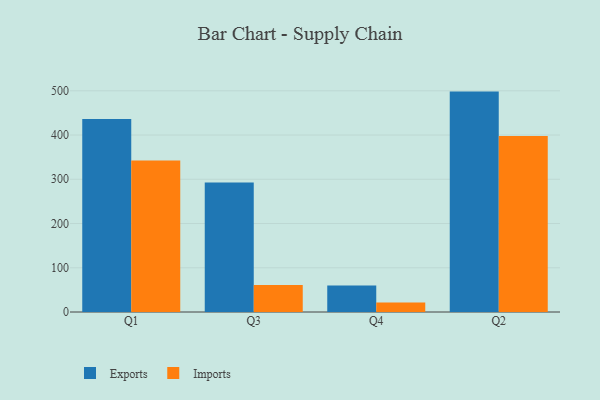
{"axis": {"x": "Quarter", "y": "Active Users"}, "legend": ["Exports", "Imports"], "data": [{"x": "Q1", "y": 436.4, "type": "Exports"}, {"x": "Q1", "y": 342.3, "type": "Imports"}, {"x": "Q3", "y": 292.8, "type": "Exports"}, {"x": "Q3", "y": 61.3, "type": "Imports"}, {"x": "Q4", "y": 60.0, "type": "Exports"}, {"x": "Q4", "y": 21.6, "type": "Imports"}, {"x": "Q2", "y": 498.2, "type": "Exports"}, {"x": "Q2", "y": 397.7, "type": "Imports"}]}